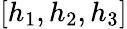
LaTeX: [h_{1},h_{2},h_{3}]